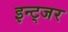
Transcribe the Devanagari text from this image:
इन्ट्जर